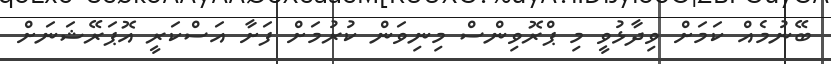
ބޭނުމެއް ކަމަށް ވިދާޅުވީ މި ޕްރޮވިންސް މިނިވަން ކުރުމަށް ފަށާ އަސްކަރީ އޮޕަރޭޝަނަށް